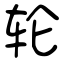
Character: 轮